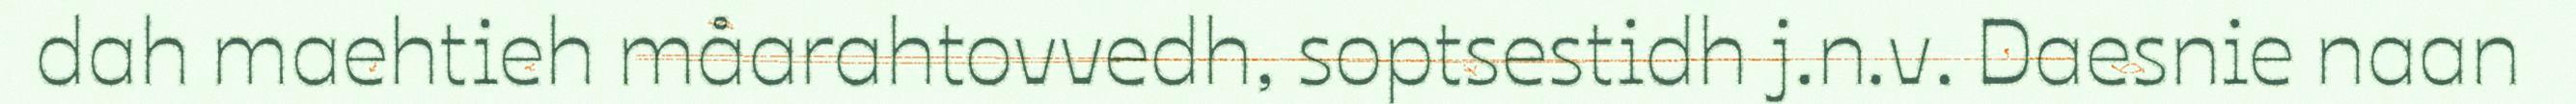
dah maehtieh måarahtovvedh, soptsestidh j.n.v. Daesnie naan